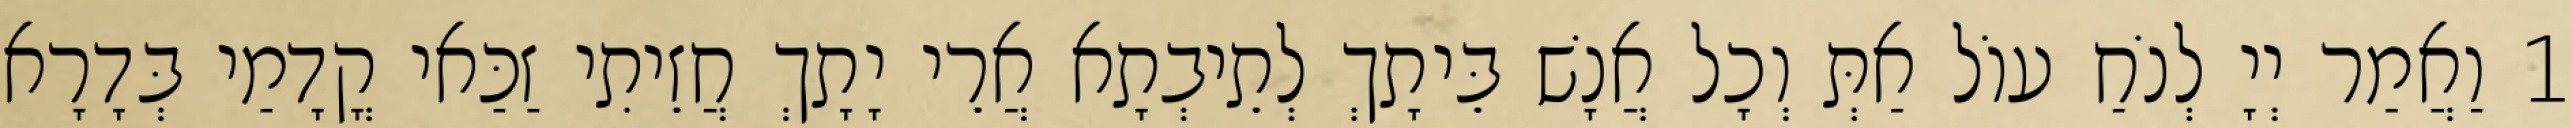
1 וַאֲמַר יְיָ לְנֹחַ עוֹל אַתְּ וְכָל אֲנָשׁ בֵּיתָךְ לְתֵיבְתָא אֲרֵי יָתָךְ חֲזֵיתִי זַכַּאי קֳדָמַי בְּדָרָא